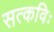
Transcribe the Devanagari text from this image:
सत्कविः